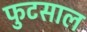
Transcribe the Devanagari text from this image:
फुटसाल